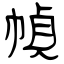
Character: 幀